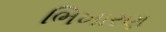
ભિખારણ